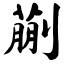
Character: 蒯